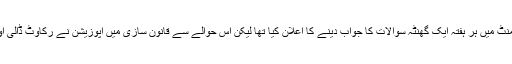
انہوں نے کہا کہ وزیراعظم نے پارلیمنٹ میں ہر ہفتہ ایک گھنٹہ سوالات کا جواب دینے کا اعلان کیا تھا لیکن اس حوالے سے قانون سازی میں اپوزیشن نے رکاوٹ ڈالی اور بات آگے ابھی تک نہیں بڑھ سکی۔